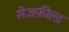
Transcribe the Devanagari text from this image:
सेजफ़ील्ड